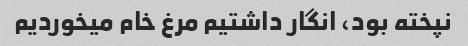
نپخته بود، انگار داشتیم مرغ خام میخوردیم